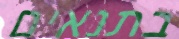
בתנאים